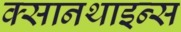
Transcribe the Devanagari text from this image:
क्सानथाइन्स